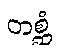
တစ္ဆံ